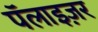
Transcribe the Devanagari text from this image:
पॅलाइज़र